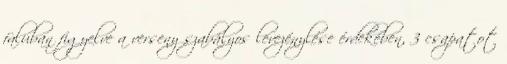
faluban figyelve a verseny szabályos levezénylése érdekében, 3 csapatot